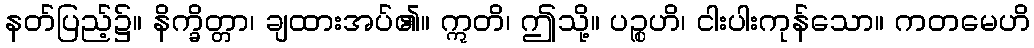
နတ်ပြည့်၌။ နိက္ခိတ္တာ၊ ချထားအပ်၏။ ဣတိ၊ ဤသို့။ ပဉ္စဟိ၊ ငါးပါးကုန်သော။ ကတမေဟိ